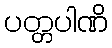
ပတ္တပါဏိ